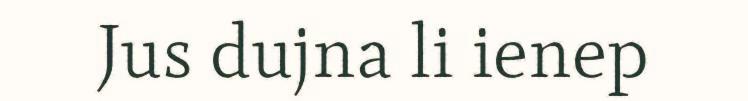
Jus dujna li ienep